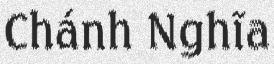
Chánh Nghĩa